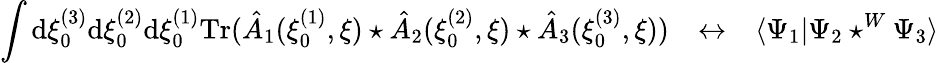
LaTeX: \int\mathrm{d}\xi_{0}^{(3)}\mathrm{d}\xi_{0}^{(2)}\mathrm{d}\xi_{0}^{(1)}\mathrm{{Tr}}(\hat{{A}}_{1}(\xi_{0}^{(1)},\xi)\star\hat{{A}}_{2}(\xi_{0}^{(2)},\xi)\star\hat{{A}}_{3}(\xi_{0}^{(3)},\xi))~~~\leftrightarrow~~~\langle\Psi_{1}|\Psi_{2}\star^{W}\Psi_{3}\rangle